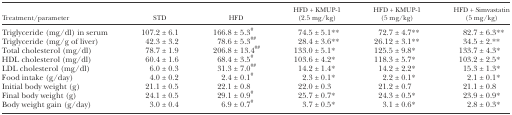
<table><thead><tr><td><b>Treatment/parameter</b></td><td><b>STD</b></td><td><b>HFD</b></td><td><b>HFD + KMUP-1 (2.5 mg/kg)</b></td><td><b>HFD + KMUP-1(5 mg/kg)</b></td><td><b>HFD + Simvastatin(5 mg/kg)</b></td></tr></thead><tbody><tr><td>Triglyceride (mg/dl) in serum</td><td>107.2 ± 6.1</td><td>166.8 ± 5.3<sup>#</sup></td><td>74.5 ± 5.1**</td><td>72.7 ± 4.7**</td><td>82.7 ± 6.3**</td></tr><tr><td>Triglyceride (mg/g of liver)</td><td>42.3 ± 3.2</td><td>78.6 ± 5.3<sup>##</sup></td><td>28.4 ± 3.6**</td><td>26.12 ± 3.1**</td><td>34.5 ± 2.**</td></tr><tr><td>Total cholesterol (mg/dl)</td><td>78.7 ± 1.9</td><td>206.8 ± 13.4<sup>##</sup></td><td>133.0 ± 5.1*</td><td>125.5 ± 9.8*</td><td>133.7 ± 4.3*</td></tr><tr><td>HDL cholesterol (mg/dl)</td><td>60.4 ± 1.6</td><td>68.4 ± 3.5<sup>#</sup></td><td>103.6 ± 4.2*</td><td>118.3 ± 5.7*</td><td>103.2 ± 2.5*</td></tr><tr><td>LDL cholesterol (mg/dl)</td><td>6.0 ± 0.3</td><td>31.3 ± 7.0<sup>##</sup></td><td>14.2 ± 1.4*</td><td>14.2 ± 2.2*</td><td>15.3 ± 1.3*</td></tr><tr><td>Food intake (g/day)</td><td>4.0 ± 0.2</td><td>2.4 ± 0.1<sup>#</sup></td><td>2.3 ± 0.1*</td><td>2.2 ± 0.1*</td><td>2.1 ± 0.1*</td></tr><tr><td>Initial body weight (g)</td><td>21.1 ± 0.5</td><td>22.1 ± 0.8</td><td>22.0 ± 0.3</td><td>21.2 ± 0.7</td><td>21.1 ± 0.8</td></tr><tr><td>Final body weight (g)</td><td>24.1 ± 0.5</td><td>29.1 ± 0.9<sup>#</sup></td><td>25.7 ± 0.7*</td><td>24.3 ± 0.5*</td><td>23.9 ± 0.9*</td></tr><tr><td>Body weight gain (g/day)</td><td>3.0 ± 0.4</td><td>6.9 ± 0.7<sup>#</sup></td><td>3.7 ± 0.5*</td><td>3.1 ± 0.6*</td><td>2.8 ± 0.3*</td></tr></tbody></table>